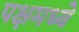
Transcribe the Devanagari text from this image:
पक्षमध्ये